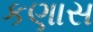
કણાસ